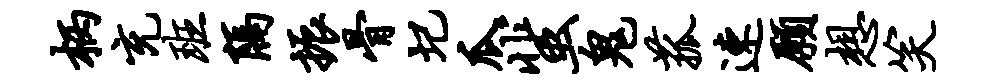
柄充班隔振骨圮瓜蜚鬼菰速愿想笑